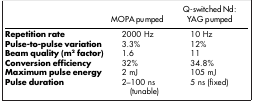
|  | MOPA pumped | Q-switched Nd:YAG pumped |
 | --- | --- | --- |
 | Repetition rate | 2000 Hz | 10 Hz |
 | Pulse-to-pulse variation | 3.3% | 12% |
 | Beam quality (m2 factor) | 1.6 | 11 |
 | Conversion efficiency | 32% | 34.8% |
 | Maximum pulse energy | 2 mJ | 105 mJ |
 | Pulse duration | 2–100 ns (tunable) | 5 ns (fixed) |